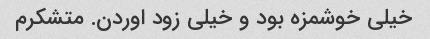
خیلی خوشمزه بود و خیلی زود اوردن. متشکرم